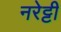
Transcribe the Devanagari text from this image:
नरेट्टी